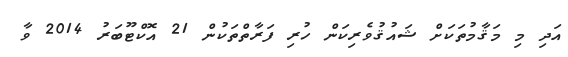
އަދި މި މަޤާމުތަކަށް ޝައުޤުވެރިކަން ހުރި ފަރާތްތަކުން 21 އޮކްޓޫބަރު 2014 ވާ